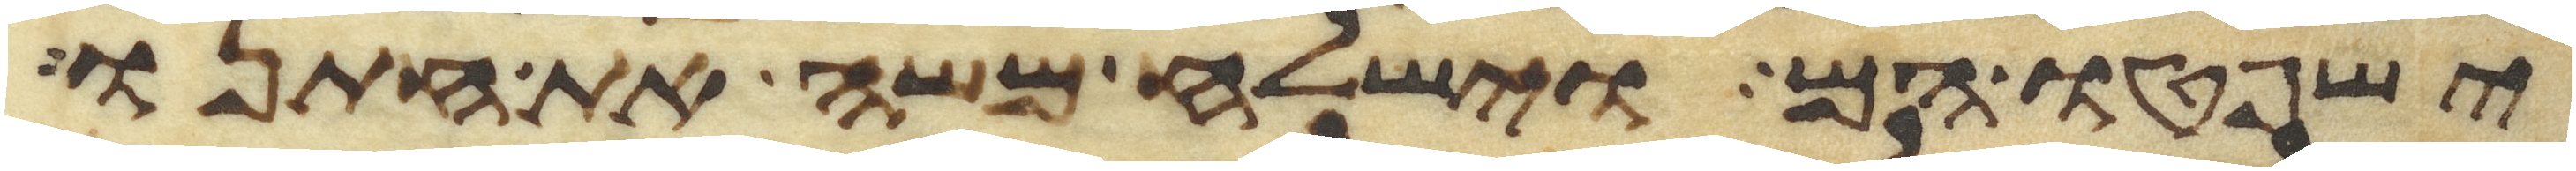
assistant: ישפטו הם וישלח משה את חתנו